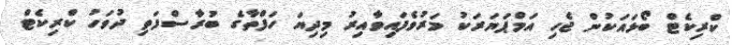
ކްރިކެޓް ބޯޅައަކުން ޖެހި އަމްޕަޔަރަކު މަރުވެފައިވާއިރު މިދިޔަ ހަފްތާގެ ބުރާސްފަތި ދުވަހު ކްރިކެޓް